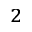
^ 2